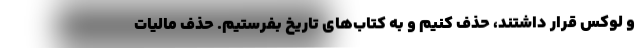
و لوکس قرار داشتند، حذف کنیم و به کتاب‌های تاریخ بفرستیم. حذف مالیات